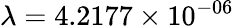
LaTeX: \lambda=4.2177\times 10^{-06}